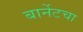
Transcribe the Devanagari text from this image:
बार्नेटचा